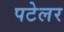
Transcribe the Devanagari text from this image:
पटेलर